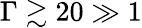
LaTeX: \Gamma\gtrsim 20\gg 1